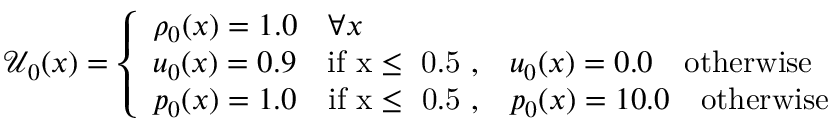
\mathcal { U } _ { 0 } ( x ) = \left\{ \begin{array} { l l } { \rho _ { 0 } ( x ) = 1 . 0 \quad \forall x } \\ { u _ { 0 } ( x ) = 0 . 9 \quad \mathrm { i f ~ x \leq ~ 0 . 5 ~ , } \quad u _ { 0 } ( x ) = 0 . 0 \quad \mathrm { o t h e r w i s e } } \\ { p _ { 0 } ( x ) = 1 . 0 \quad \mathrm { i f ~ x \leq ~ 0 . 5 ~ , } \quad p _ { 0 } ( x ) = 1 0 . 0 \quad \mathrm { o t h e r w i s e } } \end{array} \right.